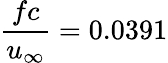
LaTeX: \frac{fc}{u_{\infty}}=0.0391